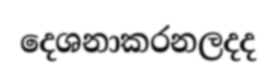
දෙශනාකරනලදද